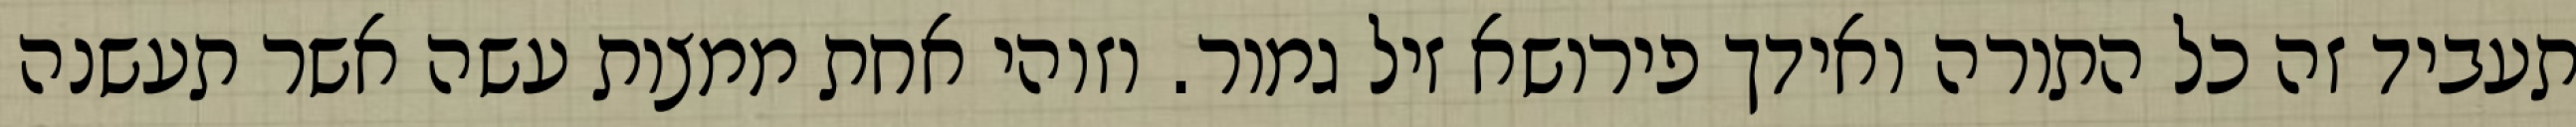
תעביד זה כל התורה ואידך פירושא זיל גמור. וזוהי אחת ממצות עשה אשר תעשנה